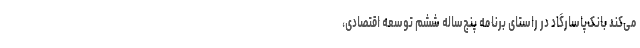
می‌کند بانک‌پاسارگاد در راستای برنامه پنج‌ساله ششم توسعه اقتصادی،